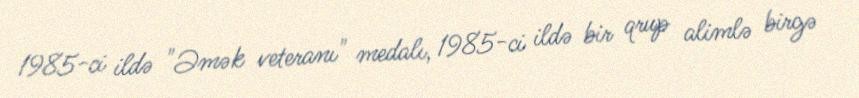
1985-ci ildə "Əmək veteranı" medalı, 1985-ci ildə bir qrup alimlə birgə